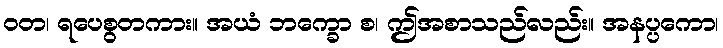
ဝတ၊ ရပေစွတကား။ အယံ ဘက္ခော စ၊ ဤအစာသည်လည်း။ အနပ္ပကော၊